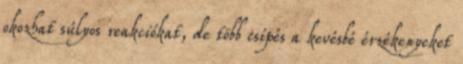
okozhat súlyos reakciókat, de több csípés a kevésbé érzékenyeket